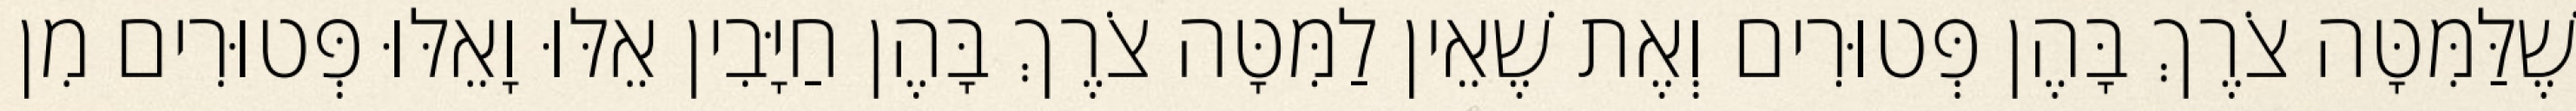
שֶׁלַּמִּטָּה צֹרֶךְ בָּהֶן פְּטוּרִים וְאֶת שֶׁאֵין לַמִּטָּה צֹרֶךְ בָּהֶן חַיָּבִין אֵלּוּ וָאֵלּוּ פְּטוּרִים מִן